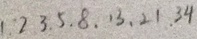
1 . 2 . 3 . 5 . 8 . 1 3 . 2 1 . 3 4